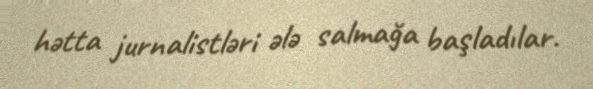
hətta jurnalistləri ələ salmağa başladılar.